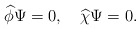
\begin{align*}\widehat{\phi}\Psi=0,\quad\widehat{\chi}\Psi=0.\end{align*}